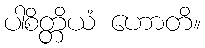
ပါစိတ္တိယံ ဟောတိ။